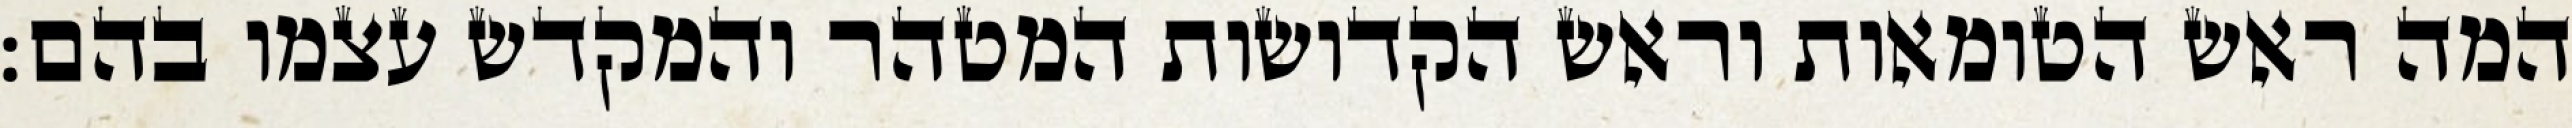
המה ראש הטומאות וראש הקדושות המטהר והמקדש עצמו בהם: